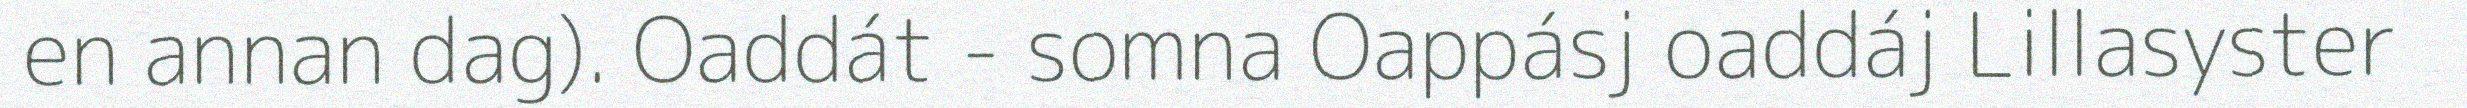
en annan dag). Oaddát - somna Oappásj oaddáj Lillasyster